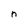
Character: n